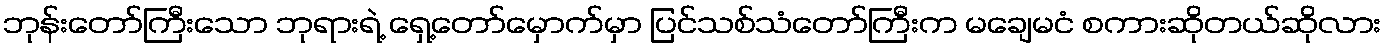
ဘုန်းတော်ကြီးသော ဘုရားရဲ့ ရှေ့တော်မှောက်မှာ ပြင်သစ်သံတော်ကြီးက မချေမငံ စကားဆိုတယ်ဆိုလား